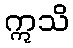
ဣသိ